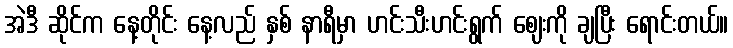
အဲဒီ ဆိုင်က နေ့တိုင်း နေ့လည် နှစ် နာရီမှာ ဟင်းသီးဟင်းရွက် ဈေးကို ချပြီး ရောင်းတယ်။